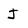
Character: J